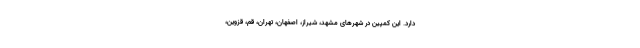
دارد. این کمپین در شهرهای مشهد، شیراز، اصفهان، تهران، قم، قزوین،